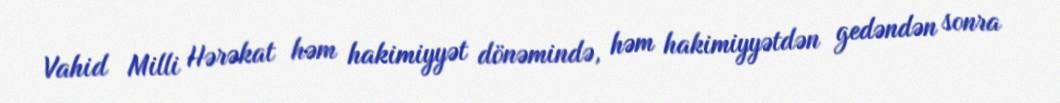
Vahid Milli Hərəkat həm hakimiyyət dönəmində, həm hakimiyyətdən gedəndən sonra